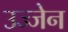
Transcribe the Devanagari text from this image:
उज्‍जेन